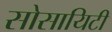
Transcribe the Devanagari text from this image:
सोसायिटी